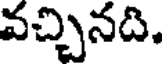
వచ్చినది,